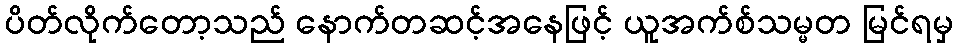
ပိတ်လိုက်တော့သည် နောက်တဆင့်အနေဖြင့် ယူအက်စ်သမ္မတ မြင်ရမှ